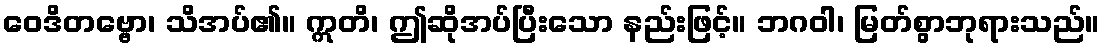
ဝေဒိတဗ္ဗော၊ သိအပ်၏။ ဣတိ၊ ဤဆိုအပ်ပြီးသော နည်းဖြင့်။ ဘဂဝါ၊ မြတ်စွာဘုရားသည်။